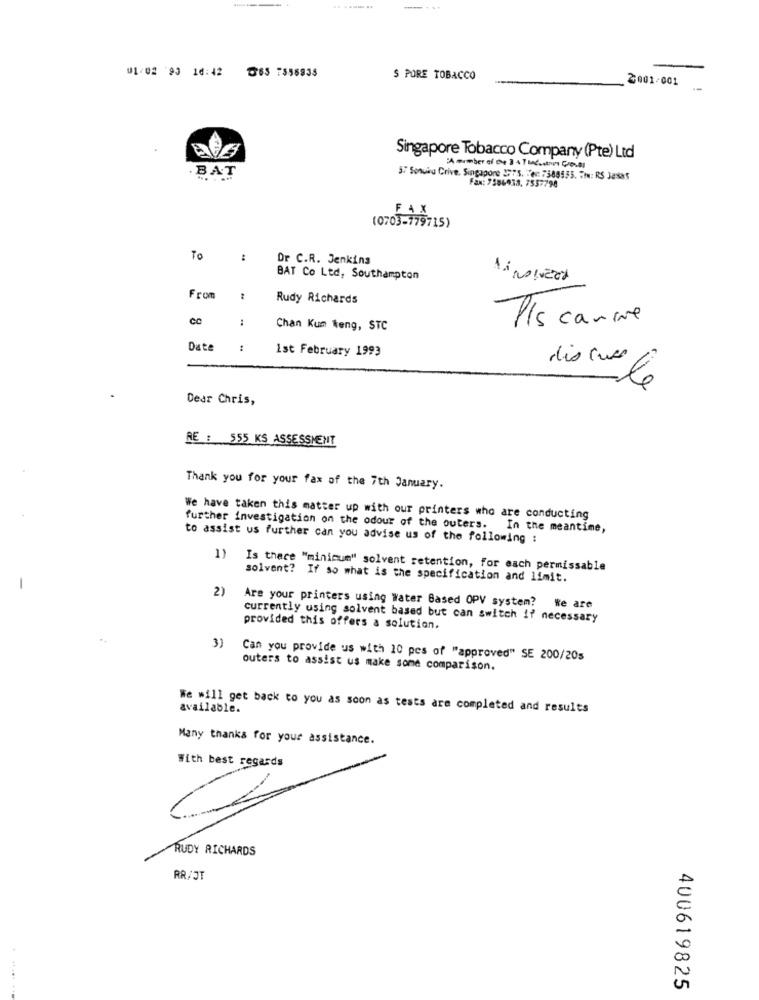
........
-. ..
01/02 93 16:42 365 7556835
$ PURE TOBACCO
2001-001
Singapore Tobacco Company (Pte) Ltd
:A ember of 04 3 + 7 Metros Coval
. BAT
3. Sonoiro Crive, Singapore 2575. :: : 388335. : RS Jasas
Fax: 7586938. 7557798
FAX
(0703-179715)
To
:
Dr C.R. Jenkins
BAT Co Ltd, Southampton
From
Rudy Richards
:
Pis canie
Chan Kum Weng, STC
Date
:
Ist February 1993
Dear Chris,
RE : 555 KS ASSESSMENT
Thank you for your fax of the 7th January.
We have taken this matter up with our printers who are conducting
further investigation on the odour of the outers. In the meantime,
to assist us further can you advise us of the following :
Is there "minicum" solvent retention, for each permissable
solvent? If so what is the specification and limit.
2)
Are your printers using Water Based OPV system? We are
currently using solvent based but can switch if necessary
provided this offers a solution.
3)
Can you provide us with 10 pes of "approved" SE 200/20s
outers to assist us make some comparison.
We will get back to you as soon as tests are completed and results
available.
Many thanks for your assistance.
With best regards
RUDY RICHARDS
RR/JT
400619825